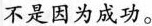
不是因为成功。